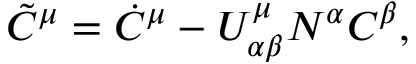
\tilde { C } ^ { \mu } = \dot { C } ^ { \mu } - U _ { \alpha \beta } ^ { \mu } N ^ { \alpha } C ^ { \beta } ,